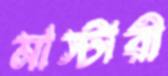
মাস্টারী